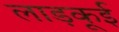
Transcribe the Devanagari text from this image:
लाड़कूई